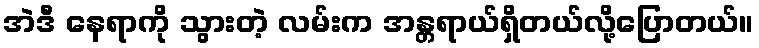
အဲဒီ နေရာကို သွားတဲ့ လမ်းက အန္တရာယ်ရှိတယ်လို့ပြောတယ်။